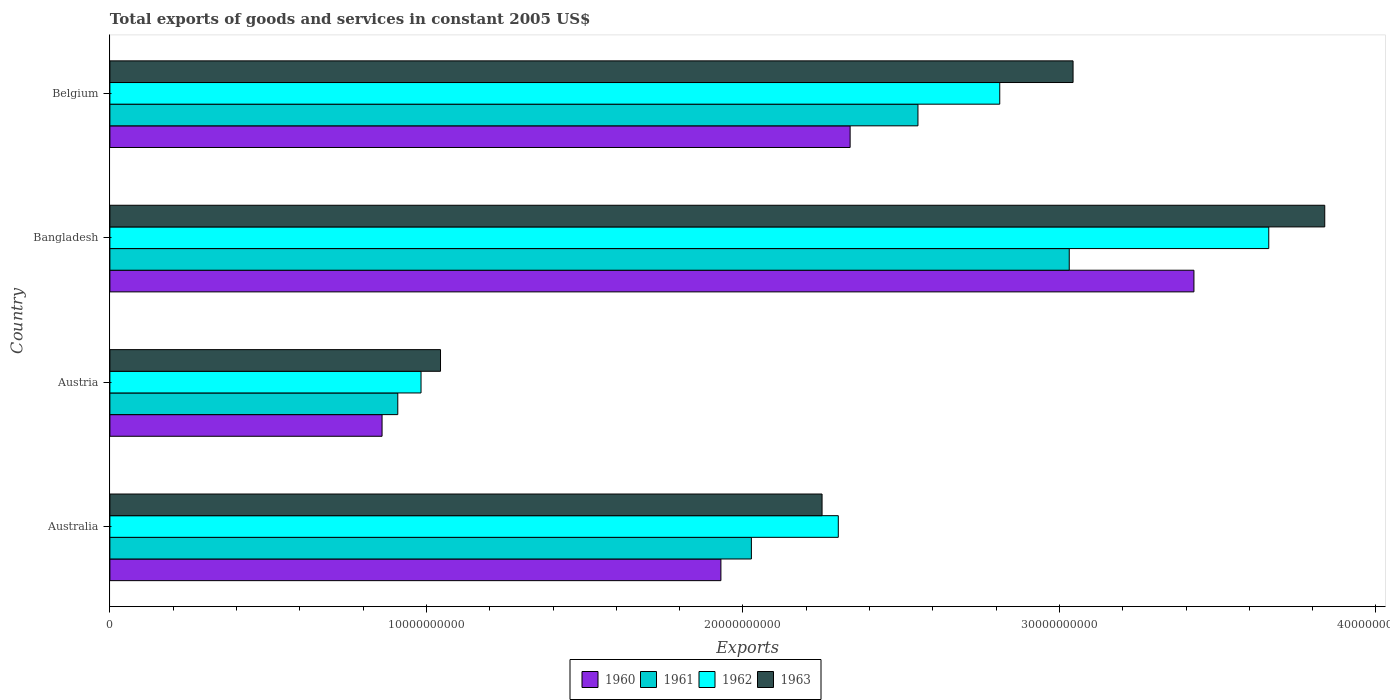
| Country | 1960 | 1961 | 1962 | 1963 |
 | --- | --- | --- | --- | --- |
 | Australia | 1.93e+10 | 2.03e+10 | 2.3e+10 | 2.25e+10 |
 | Austria | 8.6e+09 | 9.1e+09 | 9.83e+09 | 1.04e+10 |
 | Bangladesh | 3.42e+10 | 3.03e+10 | 3.66e+10 | 3.84e+10 |
 | Belgium | 2.34e+10 | 2.55e+10 | 2.81e+10 | 3.04e+10 |